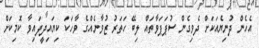
އެހެން ދުނިޔެއަކަށް ދެވިގެން ސުޕަޕަވާތައް ލިބޭ ހަތަރު ޒުވާނެއްގެ ވާހަކަ ކިޔައިދީފައިވާ ކޮމިކަށް